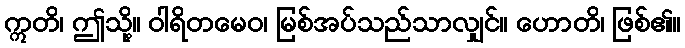
ဣတိ၊ ဤသို့။ ဝါရိတမေဝ၊ မြစ်အပ်သည်သာလျှင်။ ဟောတိ၊ ဖြစ်၏။